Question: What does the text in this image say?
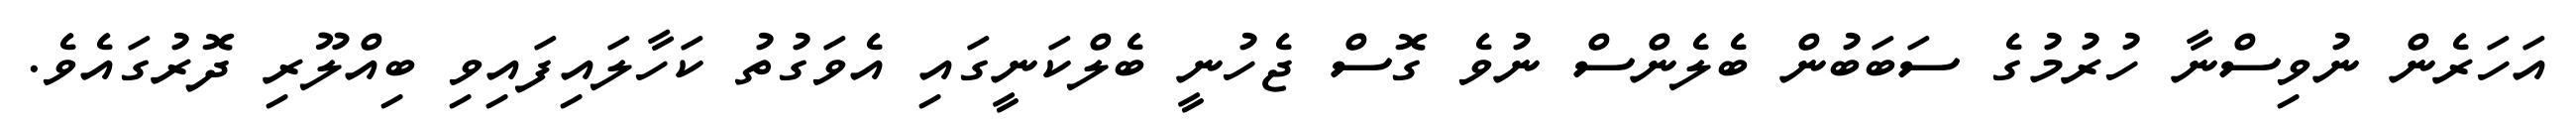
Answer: އަހަރެން ނުވިސްނާ ހުރުމުގެ ސަބަބުން ބެލެންސް ނުވެ ގޮސް ޖެހުނީ ބެލްކަނީގައި އެވަގުތު ކަހާލައިފައިވި ބިއްލޫރި ދޮރުގައެވެ.